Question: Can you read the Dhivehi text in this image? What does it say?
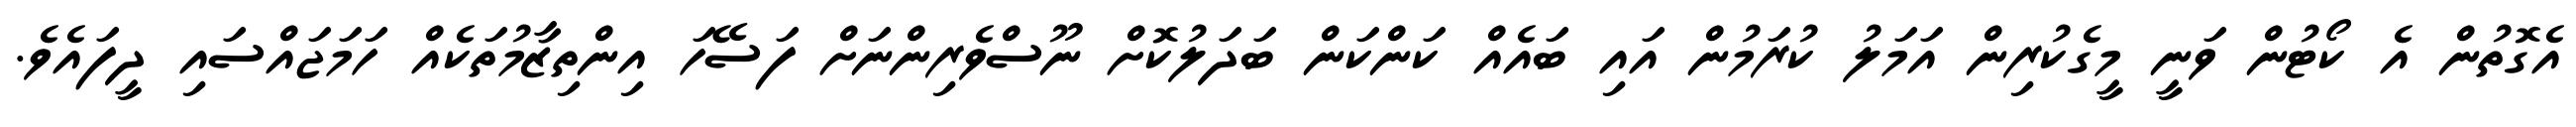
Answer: އެގޮތުން އެ ކޯޓުން ވަނީ މީގެކުރިން އަމަލު ކުރަމުން އައި ބައެއް ކަންކަން ބަދަލުކޮށް ނޫސްވެރިންނަށް ފަސޭހަ އިންތިޒާމުތަކެއް ހަމަޖައްސައި ދީފައެވެ.